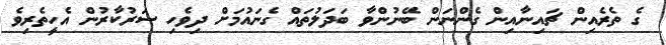
ގެ ތެރެއިން ޗައިނާއިން ގެންނަން ބޭނުންވާ ބަދަލުތައް ގެނައުމަށް ދިވެހި ސަރުކާރުން އެހީތެރިވެ